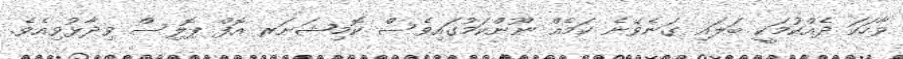
ވާހަކަ ދެއްކުމަކީ ބަލައި ގަނެވޭނެ ކަމެއް ނޫންކަމުގައިވެސް ކޮމިޝަނަރ އޮފް ޕޮލިސް ވިދާޅުވިއެވެ.